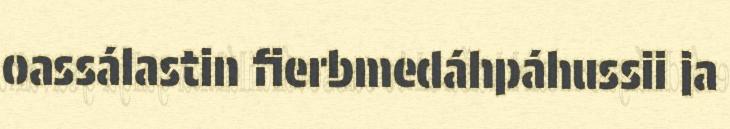
oassálastin fierbmedáhpáhussii ja